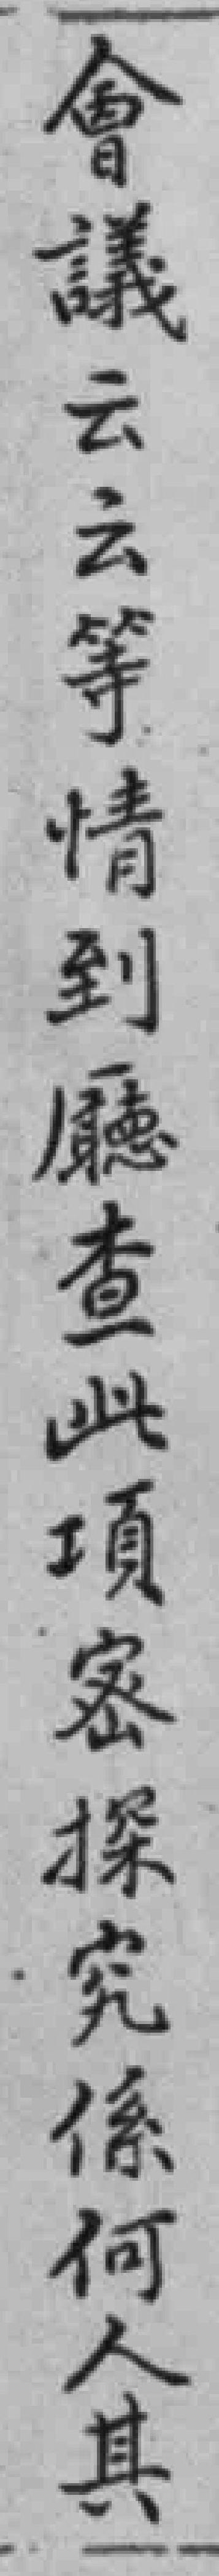
會議云云等情到廳查此項密探究係何人其